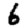
Digit: 6